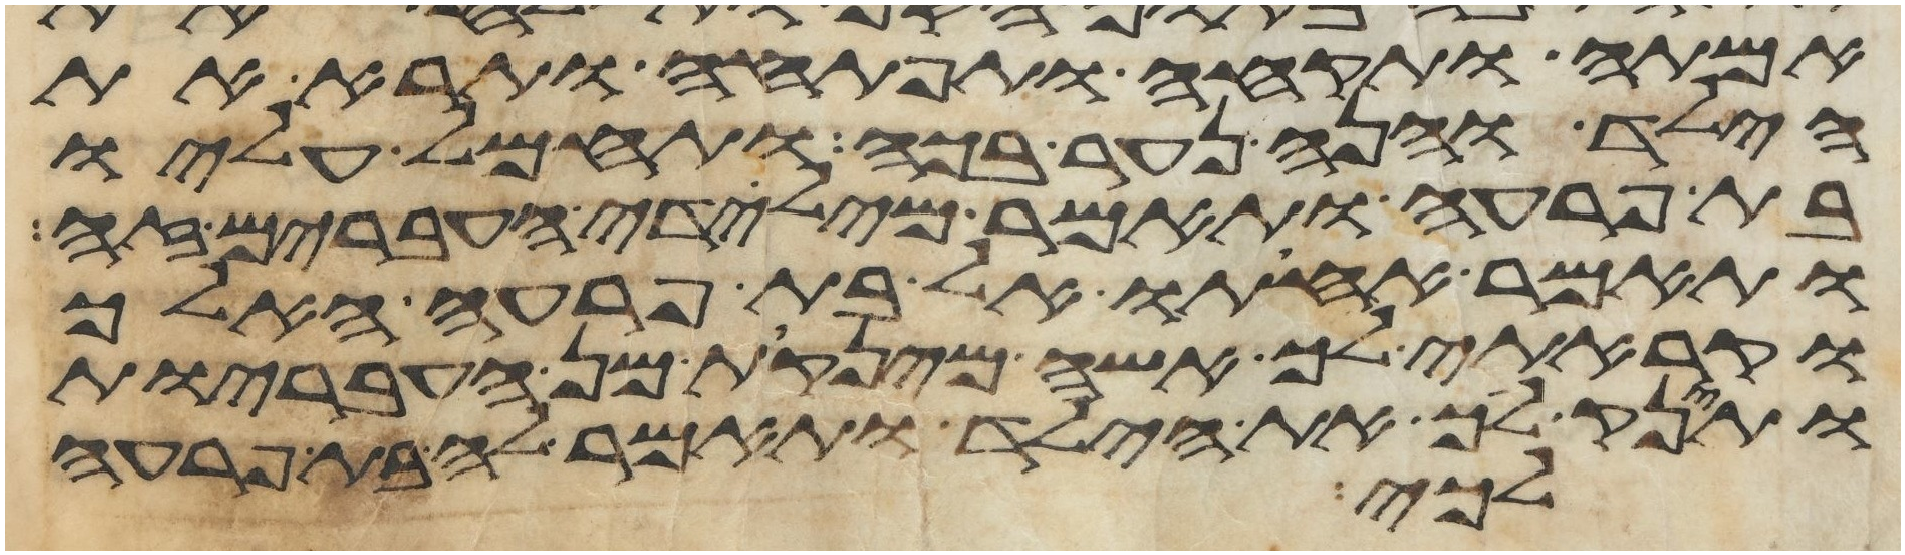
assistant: אמתה ותקחה ותפתחה ותרא את
הילד והנה נער בכה ותחמל עליו
בת פרעה ותאמר מילדי העברים זה
ותאמר אחותו אל בת פרעה האלך
וקראתי ליך אשה מינקות מן העבריות
ותינק ליך את הילד ותאמר לה בת פרעה
לכי